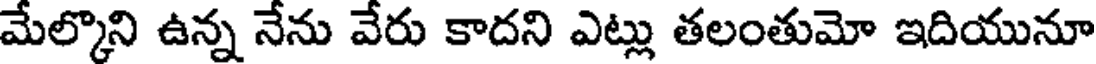
మేల్కొని ఉన్న నేను వేరు కాదని ఎట్లు తలంతుమో ఇదియునూ